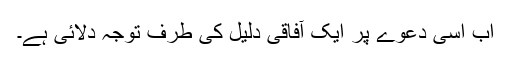
اب اسی دعوے پر ایک آفاقی دلیل کی طرف توجہ دلائی ہے۔